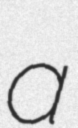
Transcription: a